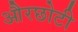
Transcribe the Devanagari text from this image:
औरछोटी